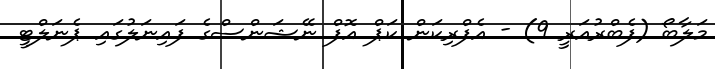
މަލާބޯ (ފެބްރުއަރީ 9) - އެފްރިކަން ކަޕް އޮފް ނޭޝަންސްގެ ފައިނަލުގައި ޕެނަލްޓީ